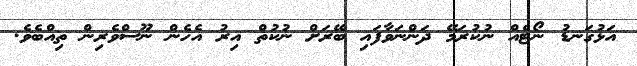
އަޅުގަނޑު ނޯޓެއް ނުކުރަމޭ ދަންނަވާފައި ބޭރަށް ނުކުތް އިރު އެހެން ނޫސްވެރިން ތިއްބެވެ.